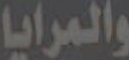
والمرايا